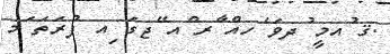
.ޤ ުއމީ ުދވަ ެހއް ާރ ްއ ޭޖގަ ިއ ފުރަތަ ަމ